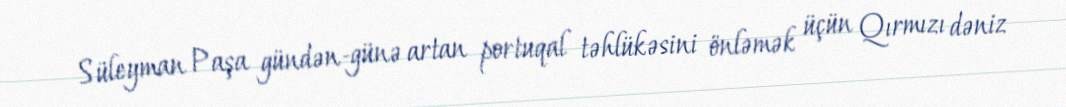
Süleyman Paşa gündən-günə artan portuqal təhlükəsini önləmək üçün Qırmızı dəniz